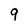
Character: 9